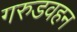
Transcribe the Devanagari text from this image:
गरुडवहन